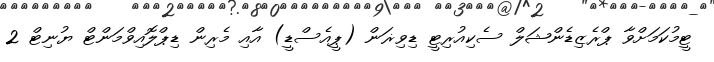
ޓީމުކަމަށްވާ ޕްރެޒިޑެންޝަލް ސެކިއުރިޓީ ޑިވިޜަން (ޕީއެސްޑީ) އާއި މެރިން ޑިޕްލޮއިވްމަންޓް ޔުނިޓް 2